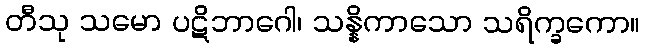
တီသု သမော ပဋိဘာဂေါ၊ သန္နိကာသော သရိက္ခကော။